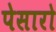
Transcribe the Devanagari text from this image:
पेसारो